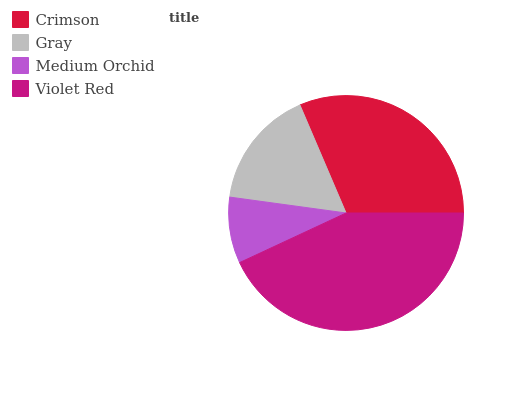
| Crimson | Gray | Medium Orchid | Violet Red |
 | --- | --- | --- | --- |
 | 31.4% | 16.4% | 9.11% | 43.1% |